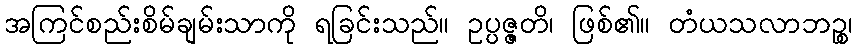
အကြင်စည်းစိမ်ချမ်းသာကို ရခြင်းသည်။ ဥပ္ပဇ္ဇတိ၊ ဖြစ်၏။ တံယသလာဘဉ္စ၊